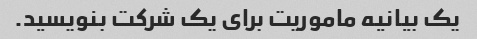
یک بیانیه ماموریت برای یک شرکت بنویسید.